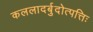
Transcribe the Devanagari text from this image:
कललादर्बुदोत्पत्तिः